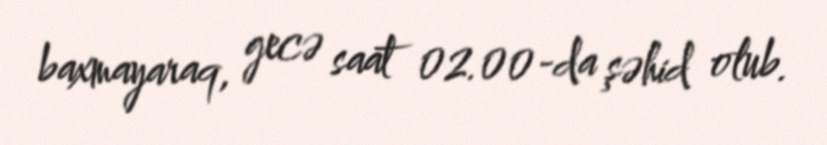
baxmayaraq, gecə saat 02.00-da şəhid olub.